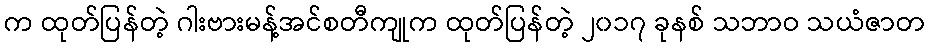
က ထုတ်ပြန်တဲ့ ဂါးဗားမန့်အင်စတီကျုက ထုတ်ပြန်တဲ့ ၂၀၁၇ ခုနစ် သဘာဝ သယံဇာတ